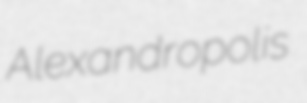
Alexandropolis